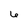
Character: 6